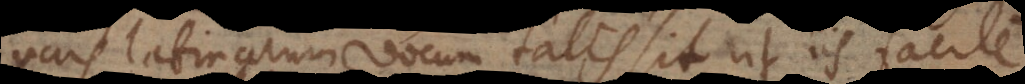
pars latinarum vocum talis sit, ut iis facile